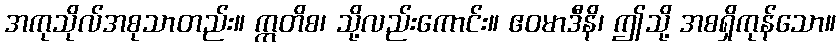
အကုသိုလ်အစုသာတည်း။ ဣတိစ၊ သို့လည်းကောင်း။ ဧဝမာဒီနိ၊ ဤသို့ အစရှိကုန်သော။